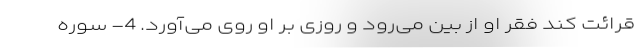
قرائت کند فقر او از بین می‌رود و روزی بر او روی می‌آورد. 4- سوره